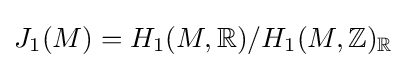
J_{1}(M)=H_{1}(M,\mathbb {R} )/H_{1}(M,\mathbb {Z} )_{\mathbb {R} }